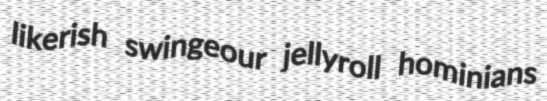
likerish swingeour jellyroll hominians